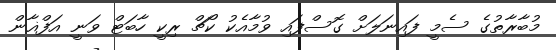
މުބާރާތުގެ ސެމީ ފައިނަލަށް ގޮސްފައި ވުމާއެކު ކޯޗް ރިކީ ހާބަޓް ވަނީ އަފްޣާން